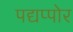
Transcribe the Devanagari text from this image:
पद्यप्पोर